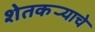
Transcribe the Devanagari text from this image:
शेतकर्‍याचे